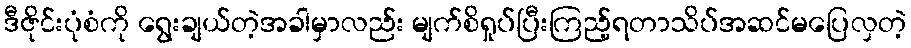
ဒီဇိုင်းပုံစံကို ရွေးချယ်တဲ့အခါမှာလည်း မျက်စိရှုပ်ပြီးကြည့်ရတာသိပ်အဆင်မပြေလှတဲ့